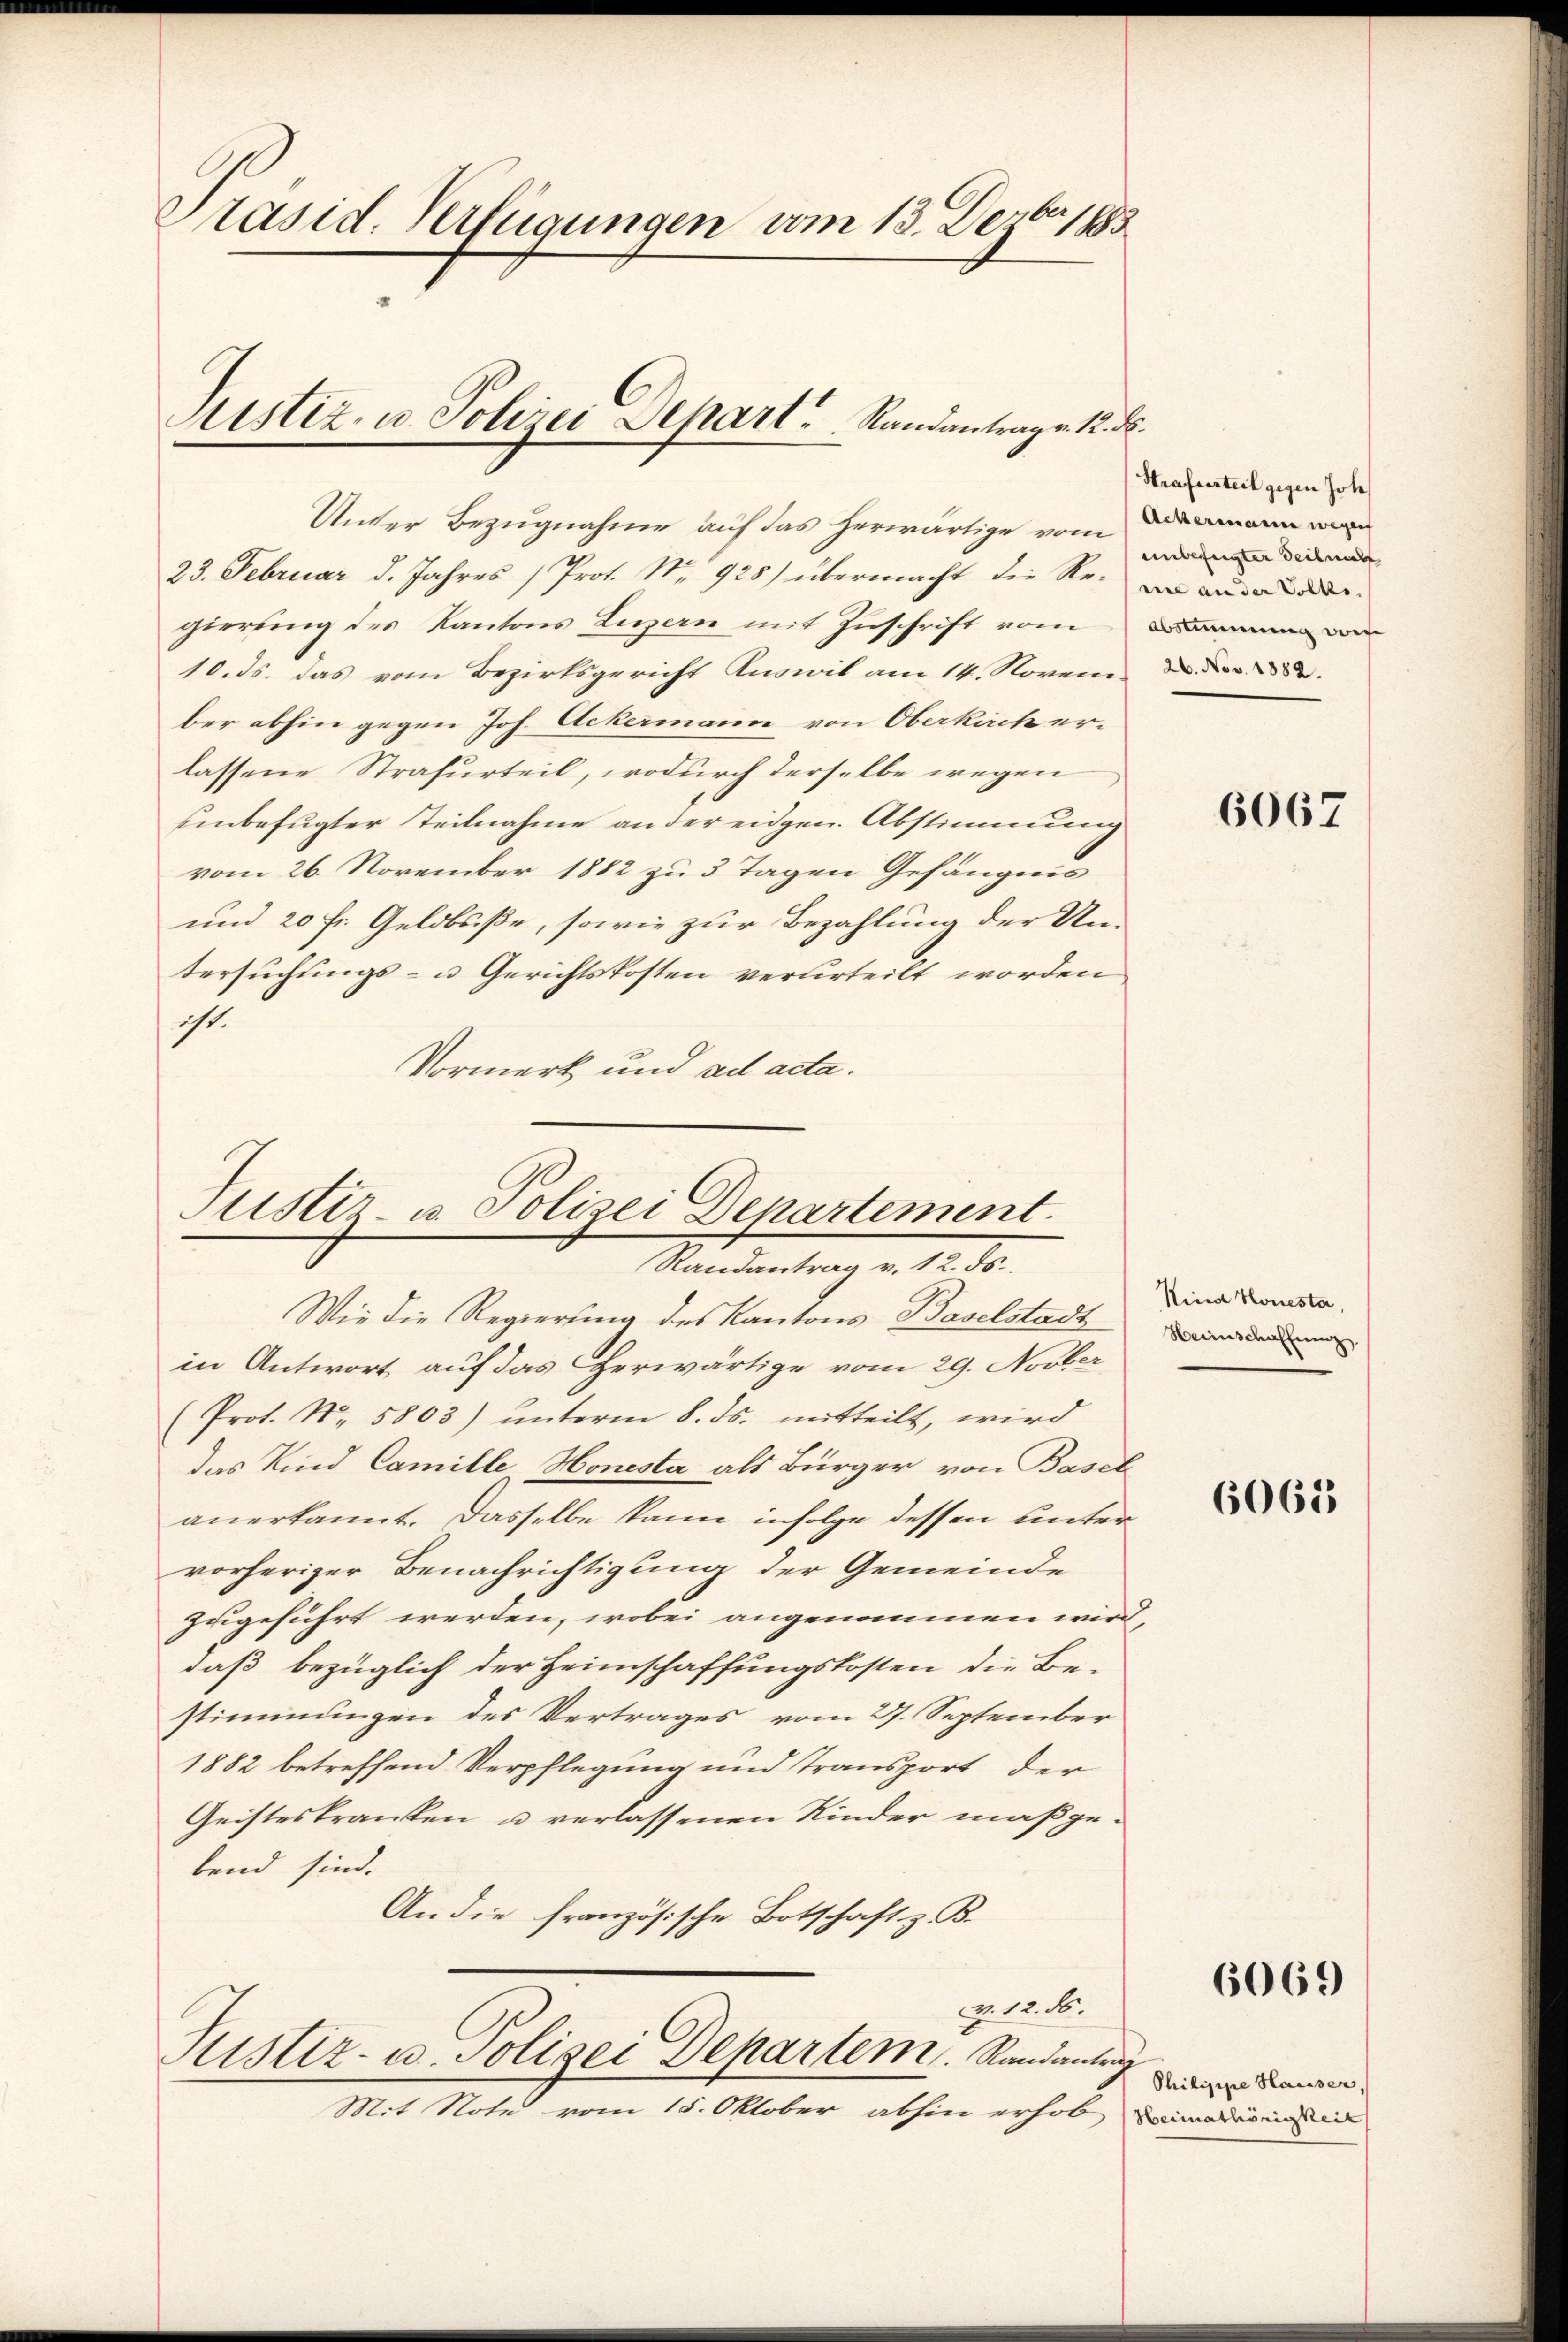
Präsid. Verfügungen vom 13. Dezbr 1883

Justiz- u. Polizei Schart. Standantrage 12. ds.

Unter Bezugnahme auf das herwärtige vom demann man
23. Februar d. Jahres (Prot. Nr. 928) übermacht die Re- er ande der
gierung des Kantons Luzern mit Zuschrift vom
10. ds. das vom Bezirksgericht Ruswil am 14. November abhin gegen Joh. Ackermann von Oberkirch er-
lassene Strafurteil, wodurch derselbe wegen
einbefugter Teilnahme an der eidgen. Abstimmung
vom 26. November 1882 zu 3 Tagen Gefängnis
und 20 fr. Geldbuße, sowie zur Bezahlung der Un-
tersuchungs- u Gerichtskosten verurteilt worden
ist.
Vormerk und ad acta.

Justiz- u. Polizei Departement.
Randantrag v. 12. ds.

Wie die Regierung des Kantons Baselstadt
in Antwort auf das herwärtige vom 29. Novber
(Prot. N. 5803) unterm 8. ds. mitteilt, wird
das Kind Camille Honesta als Bürger von Basel
anerkannt. Dasselbe kann infolge dessen unter
vorheriger Benachrichtigung der Gemeinde
zugeführt werden, wobei angenommen wird,
daß bezüglich der Heimschaffungskosten die Be-
stimmungen des Vertrages vom 27. September
1882 betreffend Verpflegung und Transport der
Geisteskranken u verlassenen Kinder maßgebend sind.
An die französische Botschaft z. B.

v. 12. ds.
Sistiz- u. Polizei Departem Randantrag
Mit Note vom 15. Oktober abhin erhob

Strafurteil gegen Joh.
unbefugter Teilnah
Abstimmung wiese
26. Nov. 1882.

6067

Kind Honesta
Heimschaffung

6061

6069

Philippe Hauser,
Heimathörigkeit